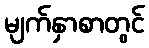
မျက်နှာစာတွင်